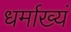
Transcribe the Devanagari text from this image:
धर्माख्यं